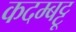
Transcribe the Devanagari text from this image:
कदम्बट्टू